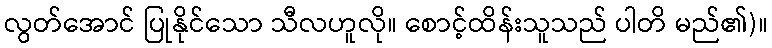
လွတ်အောင် ပြုနိုင်သော သီလဟူလို။ စောင့်ထိန်းသူသည် ပါတိ မည်၏)။